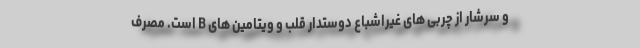
و سرشار از چربی های غیراشباع دوستدار قلب و ویتامین های B است. مصرف